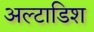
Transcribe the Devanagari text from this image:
अल्टाडिश